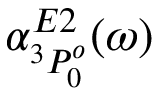
\alpha _ { ^ 3 P _ { 0 } ^ { o } } ^ { E 2 } ( \omega )